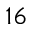
1 6